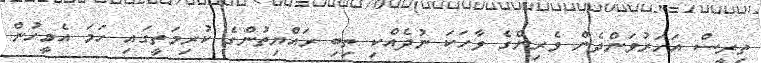
ތިރީސް އަހަރުވަންދެން ވެރިންގެ ވާހަކަ ނުދެއްކި ތިބި ރައްޔިތުންގެ ކުރިމަތީގައި ހަމަ އެމީހުން